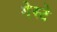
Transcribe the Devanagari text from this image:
गेस्टे